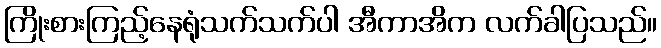
ကြိုးစားကြည့်နေရုံသက်သက်ပါ အီကာအိက လက်ခါပြသည်။